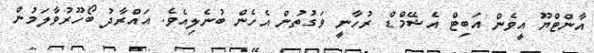
އާންޓްޔޫ އީވެން އަބިޓް އެޝޭމްޑް ރުހާނީ ވަގުތުން އެހެން ބުނެލިއެވެ. އައްރާދު ބޯހޫރުވާލަމުން